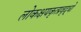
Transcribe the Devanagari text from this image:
लोकक्षयकृत्प्रवृद्धो